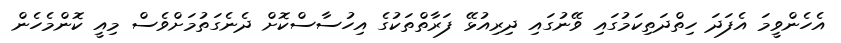
އެހެންވީމަ އެފަދަ ހިތްދަތިކަމުގައި ވޭނުގައި ދިރިއުޅޭ ފަރާތްތަކުގެ އިހުސާސްކޮށް ދެނެގަތުމަށްވެސް މިއީ ކޮންމެހެން